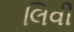
લિવી